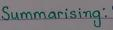
Summarising: